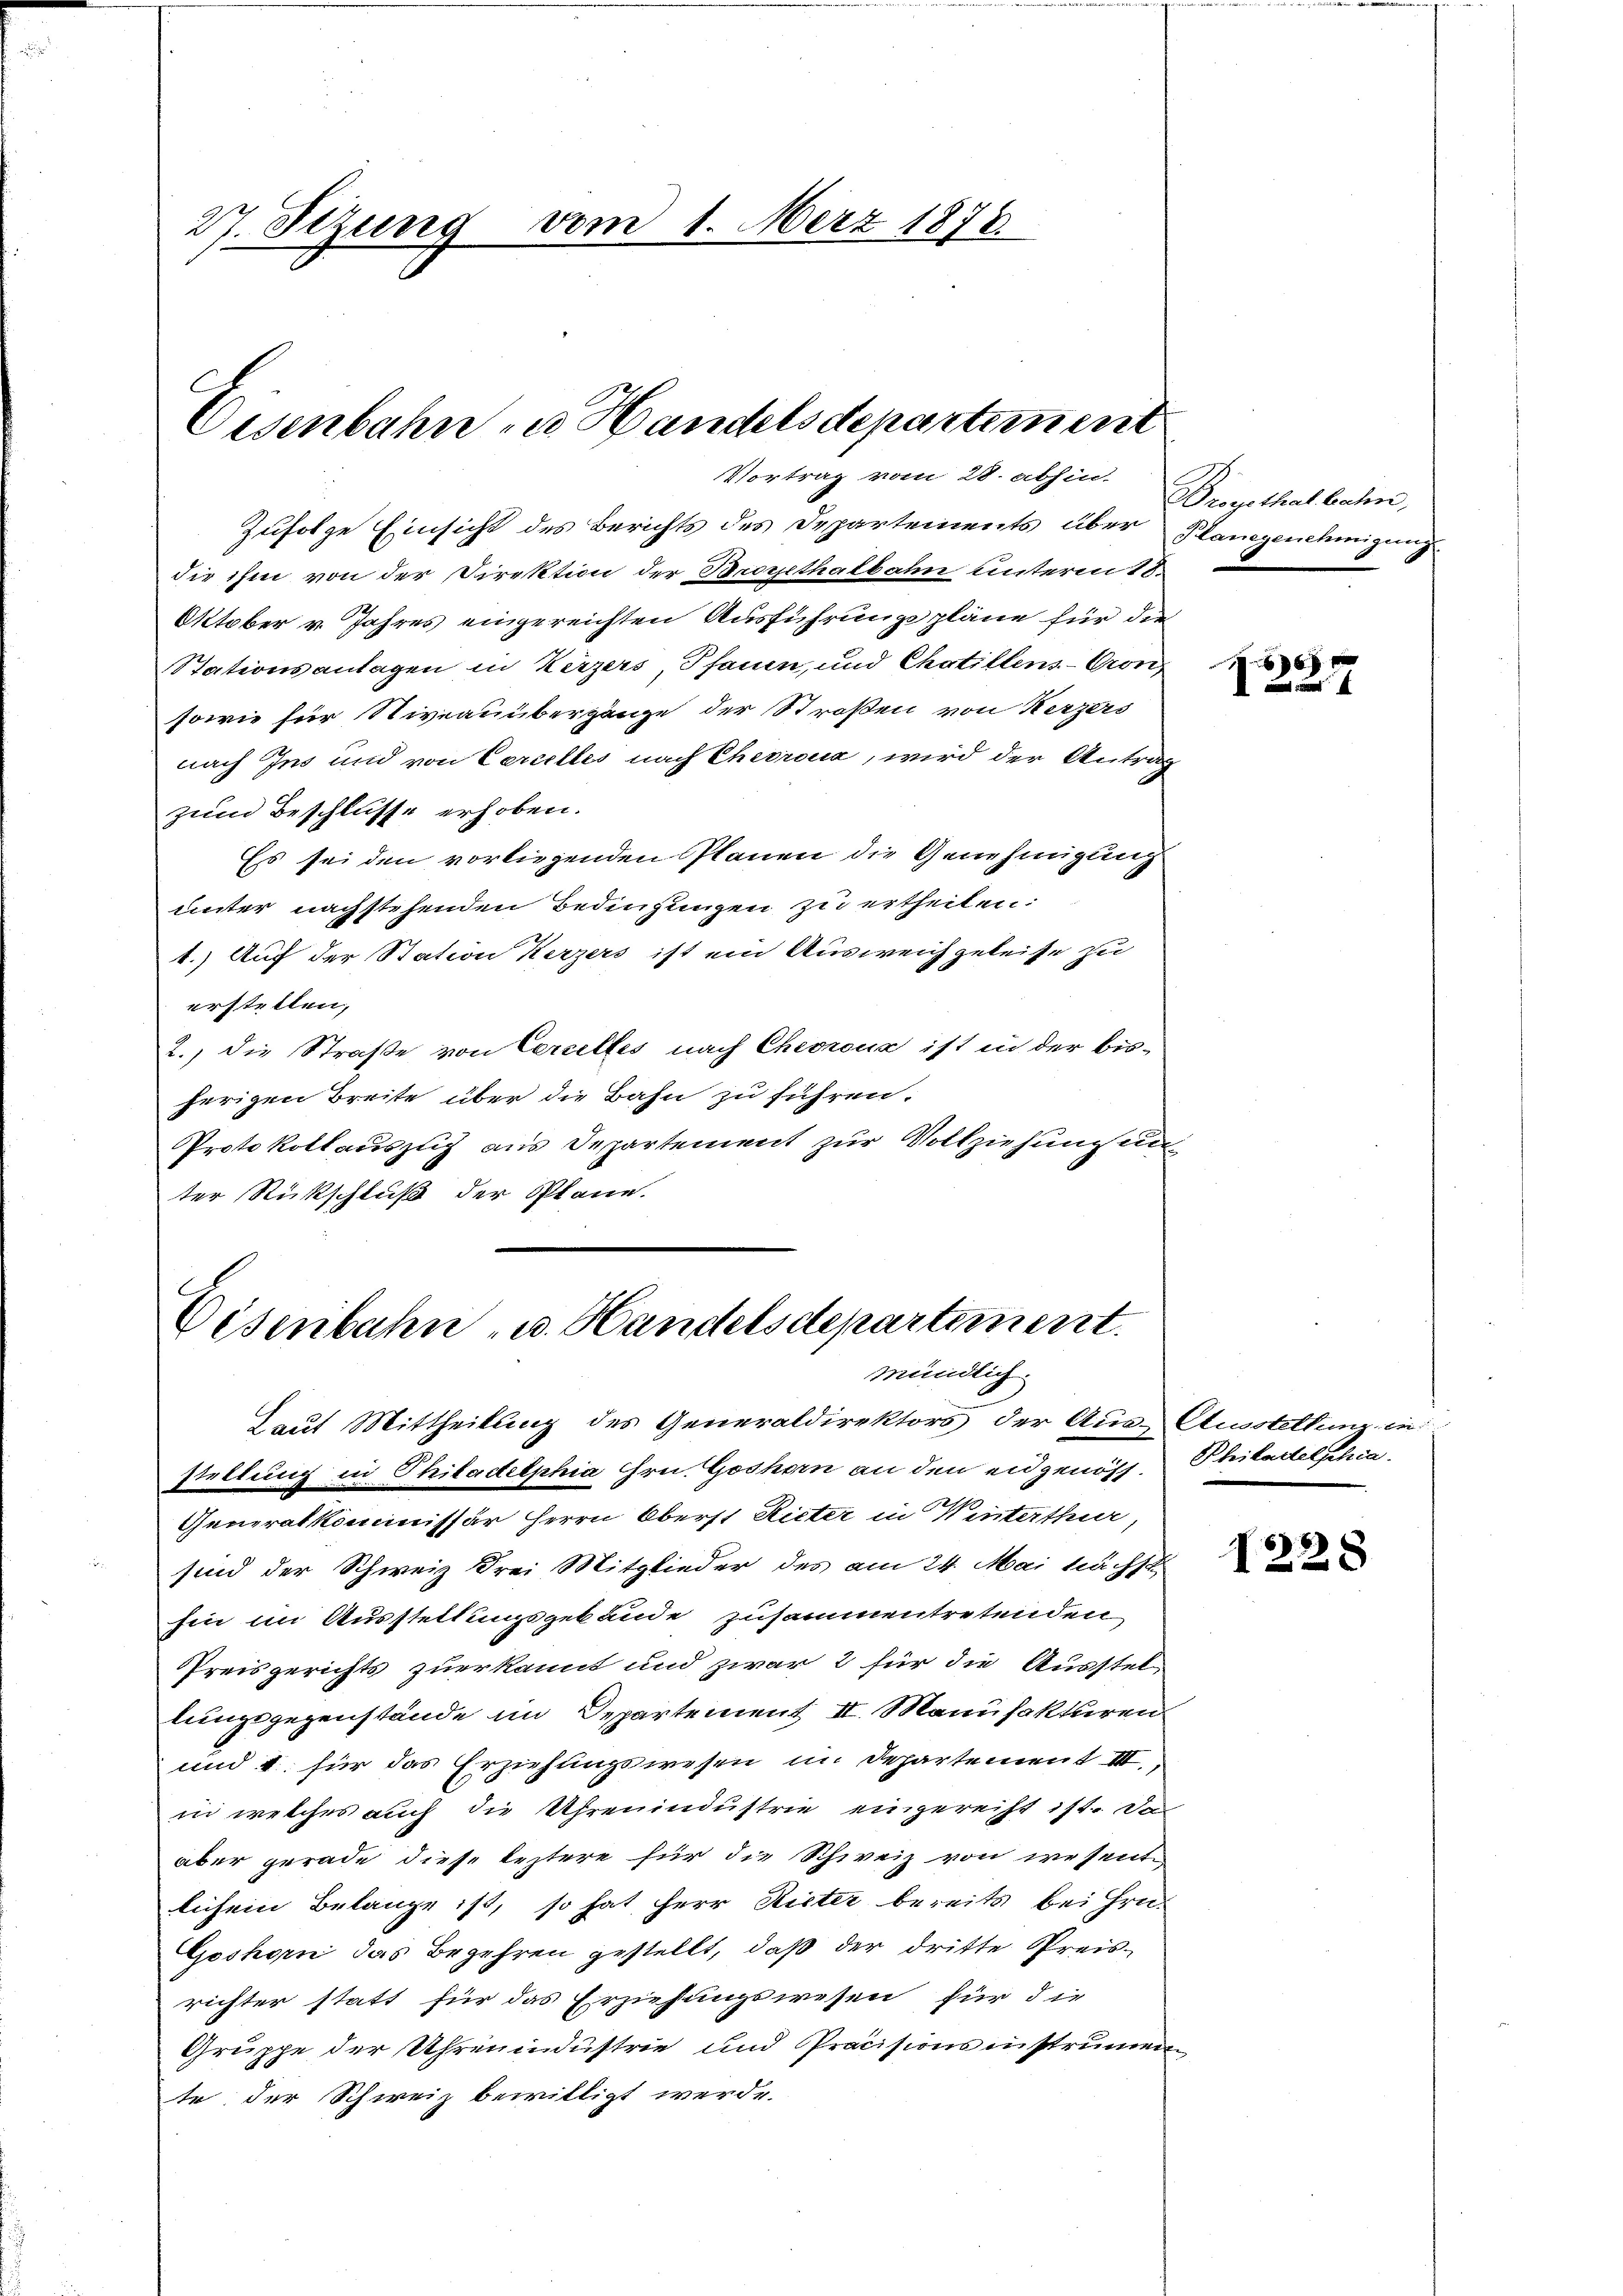
27. Stzung vom 1. März 1876

Eisenbahn zu Handelsdepartiment
Vortrag vom 28. abhin.

Zufolge Einsicht des Berichts des Departements über Plangenehmigung
die ihm von der Direktion der Bropethalbahn unterm 18.
Oktober v. Jahres eingereichten Ausführung pläne für die
Stationsanlagen in Kerzers Pfauen, und Chotillens-Con¬
sowie für Niveauübergänge der Straßen von Kerzers
nach Ins und von Cercelles nach Chevroua, wird der Antrag
zum Beschlusse erhoben.
Es sei den vorliegenden Planen die Genehmigung
unter nachstehenden Bedingungen zu ertheilen:
1.) Auf der Station Kerzers ist ein Ausweichgeleise zu
erstellen,
2.) die Straße von Cercelles nach Chevaux ist in der bis-
herigen Breite über die Bahn zu führen.
Protokollauszug aus Departement zur Vollziehung un
ter Rückschluß der Plane.

Eisenbahn - u. Handelsdepartement.
mündlich
Laut Mittheilung des Generaldirektors der Aus- Ausstellung in

stellung in Philadelphia Gru. Goshorn an den eidgenös¬
Generalkommissär Herrn Oberst Rieter in Winterthur,
sind der Schweiz drei Mitglieder des am 24. Mai nächst
hin im Ausstellungsgebäude zusammentretenden
Preisgerichts zuerkannt und zwar 2 für die Ausstel-
lungsgegenstände im Departement II. Manufakturen
und 1. für das Erziehungswesen in Departement III.,
in welches auch die Uhrenindustrie eingereiht ist. Da
aber gerade diese leztere für die Schweiz von wesentlichem Belange ist, so hat Herr Rieter bereits bei Hrn.
Goshorn das Begehren gestellt, daß der dritte Preisrichter statt für das Erziehungswesen für die
Gruppe der Uhrenindustrie und Präcisionsinstrumente der Schweiz bewilligt werde.

Broyethal. Bahn,

6
A

Philadelphia

1228